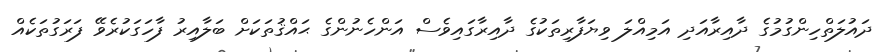
ދައުލަތްހިންގުމުގެ ދާއިރާއަދި އަމިއްލަ ވިޔަފާރިތަކުގެ ދާއިރާގައިވެސް އަންހެނުންގެ ޙައްޤުތަކަށް ބަލާއިރު ފާހަގަކުރެވޭ ފަރަގުތަކެއް